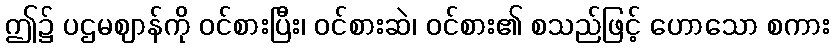
ဤ၌ ပဌမဈာန်ကို ဝင်စားပြီး၊ ဝင်စားဆဲ၊ ဝင်စား၏ စသည်ဖြင့် ဟောသော စကား